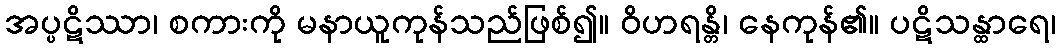
အပ္ပဋိဿာ၊ စကားကို မနာယူကုန်သည်ဖြစ်၍။ ဝိဟရန္တိ၊ နေကုန်၏။ ပဋိသန္ထာရေ၊